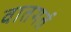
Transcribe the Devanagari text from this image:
वातगर्त